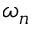
\omega _ { n }